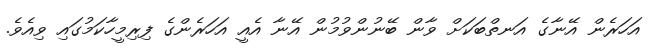
އަހަރެން އޭނާގެ އަނތްބަކަށް ވާން ބޭނުންވުމުން އޭނާ އެއީ އަހަރެންގެ ފިރިމީހާކަމުގައި ވިއެވެ.